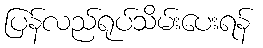
ပြန်လည်ရုပ်သိမ်းပေးရန်